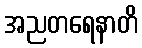
အညတရေနာတိ